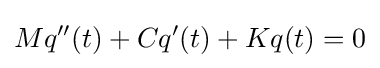
Mq''(t)+Cq'(t)+Kq(t)=0